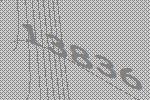
13836